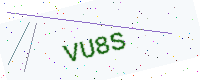
Text: VU8S